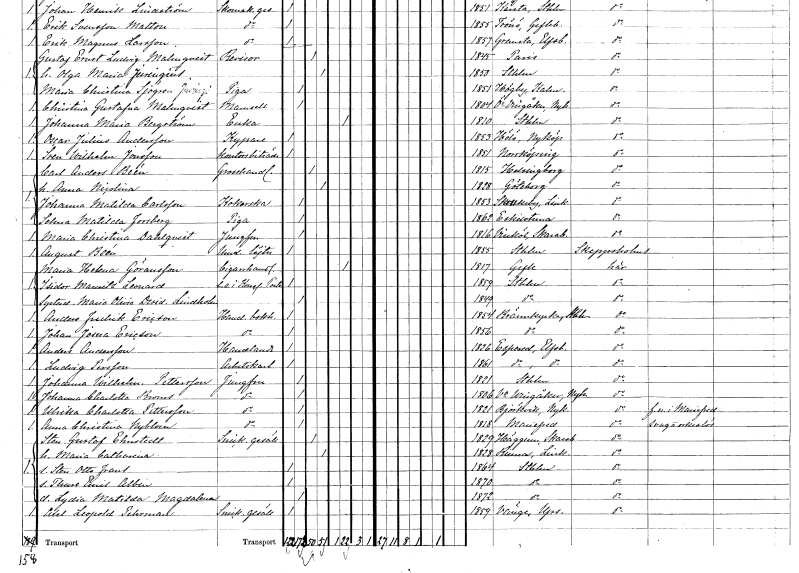
gt_parse: households: individuals: FN: Carl Anders
EN: Beén
YRKE: Grosshandlare
KON: M
CIV: G
FODAR: 1815
FODFORS: Helsingborg Malmöhus län
FN: Anna Nicolina
KON: K
CIV: G
FODAR: 1828
FODFORS: Göteborg Göteborgs- och Bohuslän
FN: Johanna Matilda
EN: Carlsson
YRKE: Kokerska
KON: K
CIV: O
FODAR: 1853
FODFORS: Östra Skrukeby Östergötlands län
FN: Selma Matilda
EN: Forsberg
YRKE: Piga
KON: K
CIV: O
FODAR: 1862
FODFORS: Eskilstuna Södermanlands län
FN: Maria Christina
EN: Dahlqvist
YRKE: Jungfru
KON: K
CIV: O
FODAR: 1816
FODFORS: Vinköl Skaraborgs län
FN: August
EN: Beén
YRKE: Underlöjtnant
KON: M
CIV: O
FODAR: 1855
FODFORS: Stockholm
FN: Maria Helena
EN: Göransson
YRKE: Cigarrhandlerska
KON: K
CIV: E
FODAR: 1817
FODFORS: Gävle Gävleborgs län
FN: Isidor Mauritz Leonard
YRKE: e.o. i Kungliga Postverket
KON: M
CIV: O
FODAR: 1859
FODFORS: Stockholm
FN: Maria Olivia Desiderida
EN: Lindholm
KON: K
CIV: O
FODAR: 1849
FODFORS: Stockholm
FN: Anders Fredrik
EN: Ericson
YRKE: Handelsbokhållare
KON: M
CIV: O
FODAR: 1854
FODFORS: Brännkyrka Stockholms stad
FN: Johan Josua
EN: Ericson
YRKE: Handelsbokhållare
KON: M
CIV: O
FODAR: 1856
FODFORS: Brännkyrka Stockholms stad
FN: Anders
EN: Andersson
YRKE: Handlande
KON: M
CIV: O
FODAR: 1826
FODFORS: Äspered Älvsborgs län
FN: Ludvig
EN: Persson
YRKE: Arbetskarl
KON: M
CIV: O
FODAR: 1861
FODFORS: Äspered Älvsborgs län
FN: Johanna Wilhelmina
EN: Pettersson
YRKE: Jungfru
KON: K
CIV: O
FODAR: 1821
FODFORS: Stockholm
FN: Johanna Charlotta
EN: Broms
YRKE: Jungfru
KON: K
CIV: O
FODAR: 1806
FODFORS: Västra Vingåker Södermanlands län
FN: Ulrika Charlotta
EN: Pettersson
YRKE: Jungfru
KON: K
CIV: O
FODAR: 1821
FODFORS: Björkvik Södermanlands län
FN: Anna Christina
EN: Nyblom
YRKE: Jungfru
KON: K
CIV: O
FODAR: 1818
FODFORS: Mariefred Södermanlands län
FN: Sten Gustaf
EN: Ehnstedt
YRKE: Snickaregesäll
KON: M
CIV: G
FODAR: 1829
FODFORS: Häggum Skaraborgs län
FN: Maria Catharina
KON: K
CIV: G
FODAR: 1828
FODFORS: Rinna Östergötlands län
FN: Sten Otto Frans
KON: M
CIV: O
FODAR: 1864
FODFORS: Stockholm
FN: Thure Emil Albin
KON: M
CIV: O
FODAR: 1870
FODFORS: Stockholm
FN: Lydia Matilda Magdalena
KON: K
CIV: O
FODAR: 1872
FODFORS: Stockholm
FN: Axel Leopold
EN: Pehrman
YRKE: Snickaregesäll
KON: M
CIV: O
FODAR: 1859
FODFORS: Vänge Uppsala län